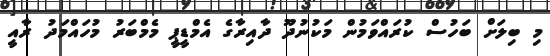
މި ބިލަށް ބަހުސް ކުރައްވަމުން މަކުނުދޫ ދާއިރާގެ އެމްޑީޕީ މެމްބަރު މުހައްމަދު ރާއީ